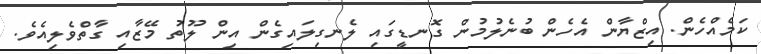
ކަމެއްހެން. އިޒްޔާން އެހެން ބުނެލުމުން ގޮނޑީގައި ލެނގިލައިގެން އިން ލޫތު މޭޒާއި ގާތްވެލިއެވެ.